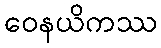
ဝေနယိကဿ